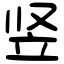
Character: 竖